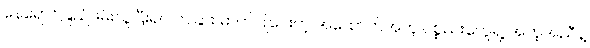
နေရောင်ခြည်ဖမ်းယူပြီးရင် တခြား ဓာတ်ပြုပေးတဲ့ အထောက်အကူ ပစ္စည်းတွေရဲ့ အကူအညီနဲ့